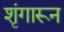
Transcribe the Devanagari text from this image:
शृंगारून